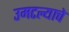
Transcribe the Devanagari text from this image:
उमटल्याचे